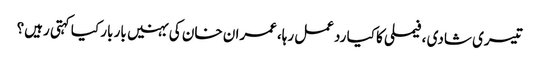
تیسری شادی ،فیملی کا کیا ردعمل رہا،عمران خان کی بہنیں بار بار کیا کہتی رہیں؟